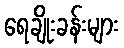
ရေချိုးခန်းများ